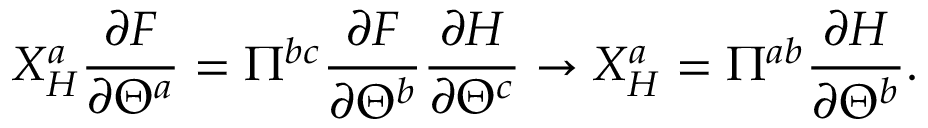
X _ { H } ^ { a } \frac { \partial F } { \partial \Theta ^ { a } } = \Pi ^ { b c } \frac { \partial F } { \partial \Theta ^ { b } } \frac { \partial H } { \partial \Theta ^ { c } } \rightarrow X _ { H } ^ { a } = \Pi ^ { a b } \frac { \partial H } { \partial \Theta ^ { b } } .